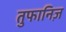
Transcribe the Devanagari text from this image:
तुफानिज़